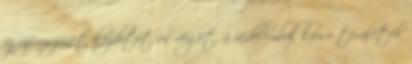
az üzemszünet kezdetét és végét, a védelembõl kiesõ területek